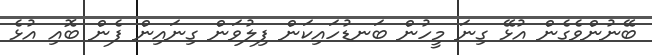
ބޭނުންވެގެން އުޅޭ ގިނަ މީހުން ބަނޑުހައިކަން ފިލުވަން ގިނައިން ފެން ބޮއި އުޅެ